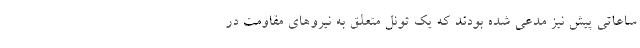
ساعاتی پیش نیز مدعی شده بودند که یک تونل متعلق به نیروهای مقاومت در